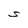
Character: S